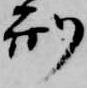
刑